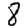
Digit: 8